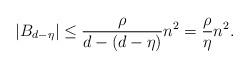
LaTeX: \begin{align*}|B_{d-\eta}| \leq \frac{\rho}{d-(d-\eta)}n^2 = \frac{\rho}{\eta}n^2. \end{align*}